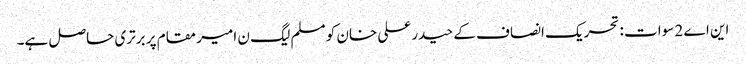
این اے 2 سوات : تحریک انصاف کے حیدر علی خان کو مسلم لیگ ن امیر مقام پر برتری حاصل ہے۔